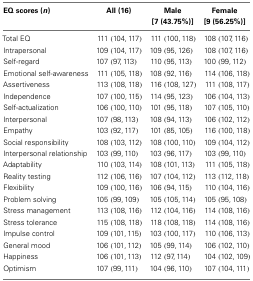
<table><thead><tr><td><b>EQ scores (<i>n</i>)</b></td><td><b>All (16)</b></td><td><b>Male [7 (43.75%)]</b></td><td><b>Female [9 (56.25%)]</b></td></tr></thead><tbody><tr><td>Total EQ</td><td>111 (104,117)</td><td>111 (100,118)</td><td>108 (107,116)</td></tr><tr><td>Intrapersonal</td><td>109 (104,117)</td><td>109 (95,126)</td><td>108 (107,116)</td></tr><tr><td>Self-regard</td><td>107 (97,113)</td><td>110 (95,113)</td><td>100 (99,112)</td></tr><tr><td>Emotional self-awareness</td><td>111 (105,118)</td><td>108 (92,116)</td><td>114 (106,118)</td></tr><tr><td>Assertiveness</td><td>113 (108,118)</td><td>116 (108,127)</td><td>111 (108,117)</td></tr><tr><td>Independence</td><td>107 (100,115)</td><td>114 (95,123)</td><td>106 (104,113)</td></tr><tr><td>Self-actualization</td><td>106 (100,110)</td><td>101 (95,118)</td><td>107 (105,110)</td></tr><tr><td>Interpersonal</td><td>107 (98,113)</td><td>108 (94,113)</td><td>106 (102,112)</td></tr><tr><td>Empathy</td><td>103 (92,117)</td><td>101 (85,105)</td><td>116 (100,118)</td></tr><tr><td>Social responsibility</td><td>108 (103,112)</td><td>108 (100,110)</td><td>109 (104,112)</td></tr><tr><td>Interpersonal relationship</td><td>103 (99,110)</td><td>103 (96,117)</td><td>103 (99,110)</td></tr><tr><td>Adaptability</td><td>110 (103,114)</td><td>108 (101,113)</td><td>111 (105,118)</td></tr><tr><td>Reality testing</td><td>112 (106,116)</td><td>107 (104,112)</td><td>113 (112,118)</td></tr><tr><td>Flexibility</td><td>109 (100,116)</td><td>106 (94,115)</td><td>110 (104,116)</td></tr><tr><td>Problem solving</td><td>105 (99,109)</td><td>105 (105,114)</td><td>105 (95,108)</td></tr><tr><td>Stress management</td><td>113 (108,116)</td><td>112 (104,116)</td><td>114 (108,116)</td></tr><tr><td>Stress tolerance</td><td>115 (108,118)</td><td>118 (108,118)</td><td>114 (108,116)</td></tr><tr><td>Impulse control</td><td>109 (101,115)</td><td>103 (100,117)</td><td>110 (106,113)</td></tr><tr><td>General mood</td><td>106 (101,112)</td><td>105 (99,114)</td><td>106 (102,110)</td></tr><tr><td>Happiness</td><td>106 (101,113)</td><td>112 (97,114)</td><td>104 (102,109)</td></tr><tr><td>Optimism</td><td>107 (99,111)</td><td>104 (96,110)</td><td>107 (104,111)</td></tr></tbody></table>